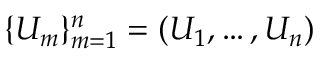
\{ U _ { m } \} _ { m = 1 } ^ { n } = \left( U _ { 1 } , \ldots , U _ { n } \right)